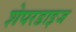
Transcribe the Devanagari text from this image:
शेपरडाइज